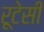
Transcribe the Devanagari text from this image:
रूटेसी